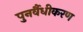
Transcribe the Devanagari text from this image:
पुनर्वैधीकरण